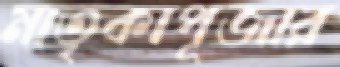
মাতৃকাপূজার